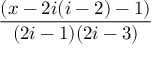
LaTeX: \frac { ( x - 2 i ( i - 2 ) - 1 ) } { ( 2 i - 1 ) ( 2 i - 3 ) }